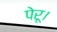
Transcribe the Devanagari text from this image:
पेरू।